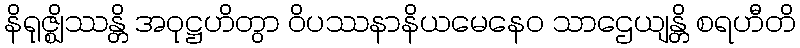
နိရုဇ္ဈိဿန္တိ အဝုဋ္ဌဟိတွာ ဝိပဿနာနိယမေနေဝ သာဌေယျန္တိ စရဟီတိ